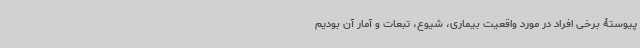
پیوستۀ برخی افراد در مورد واقعیت بیماری، شیوع، تبعات و آمار آن بودیم